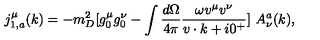
j _ { 1 , a } ^ { \mu } ( k ) = - m _ { D } ^ { 2 } [ g _ { 0 } ^ { \mu } g _ { 0 } ^ { \nu } - \int { \frac { d \Omega } { 4 \pi } } { \frac { \omega v ^ { \mu } v ^ { \nu } } { v \cdot k + i 0 ^ { + } } } ] \ A _ { \nu } ^ { a } ( k ) ,